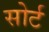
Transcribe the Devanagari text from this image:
सोर्ट